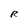
Character: R